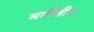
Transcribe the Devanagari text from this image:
मर्शेलीन